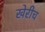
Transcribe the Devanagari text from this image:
खेरीच